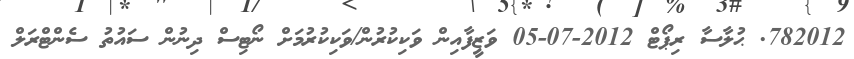
782012. ޙުލާސާ ރިޕޯޓް 2012-07-05 ވަޒީފާއިން ވަކިކުރުން/ވަކިކުރުމަށް ނޯޓިސް ދިނުން ސައުތު ސެންޓްރަލް